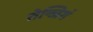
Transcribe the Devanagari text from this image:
तेन्जिगं